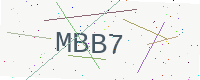
Text: MBB7